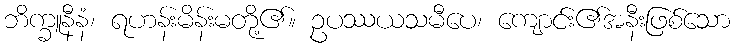
ဘိက္ခူနီနံ၊ ရဟန်းမိန်းမတို့၏။ ဥပဿယသမီပေ၊ ကျောင်း၏အနီးဖြစ်သော